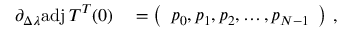
\begin{array} { r l } { \partial _ { \Delta \lambda } \mathrm { a d j } \, T ^ { T } ( 0 ) } & { { } = \left( \begin{array} { l } { p _ { 0 } , p _ { 1 } , p _ { 2 } , \dots , p _ { N - 1 } } \end{array} \right) \, , } \end{array}